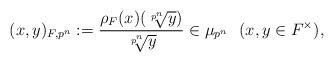
LaTeX: \begin{align*}(x, y)_{F, p^n}:=\frac{\rho_{F}(x)(\sqrt[p^n]{y})}{\sqrt[p^n]{y}}\in\mu_{p^n}\ \ (x, y \in F^{\times}),\end{align*}